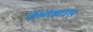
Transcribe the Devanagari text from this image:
लेअरहाउस